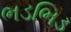
ભડભિડ